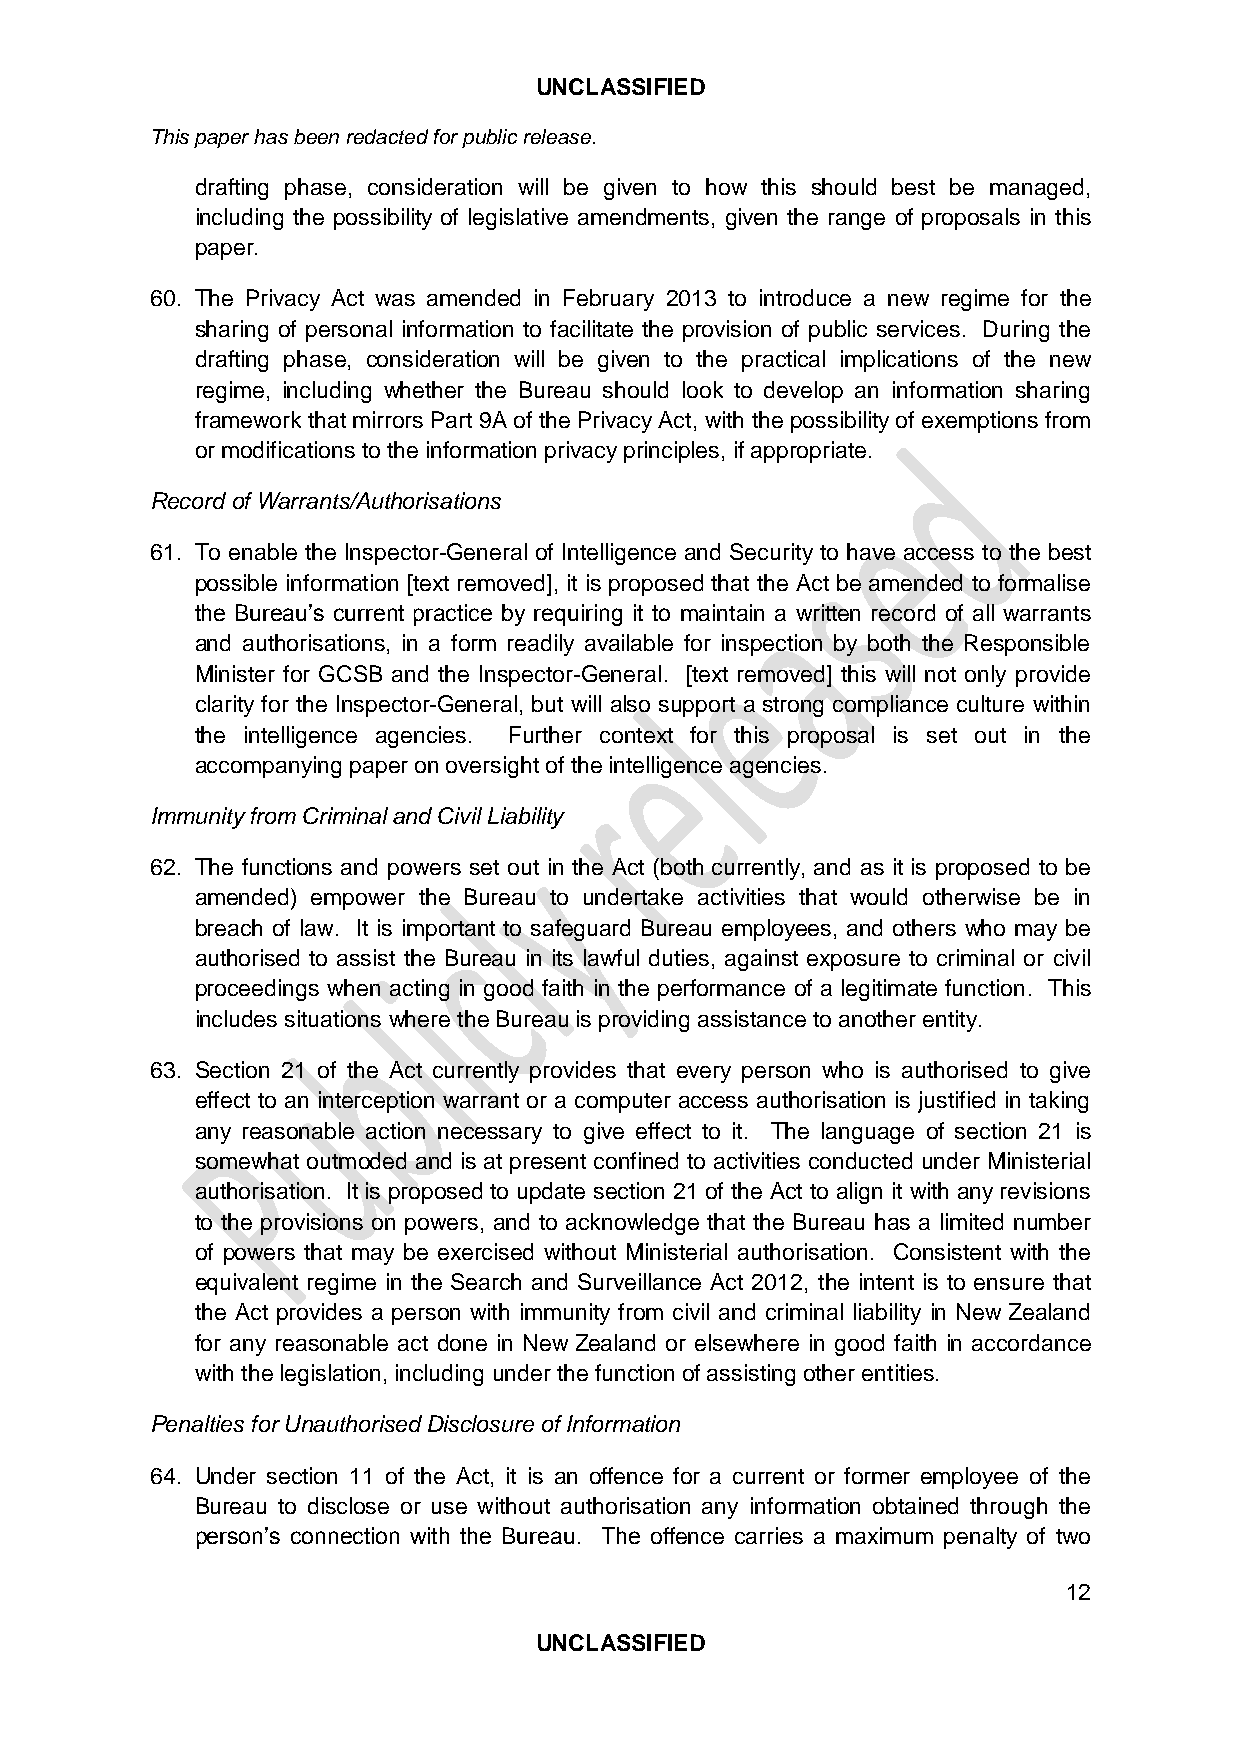
UNCLASSIFIED
 This paper has been redacted for public release.
 drafting phase, consideration will be given to how this should best be managed,
 including the possibility of legislative amendments, given the range of proposals in this
 paper.
 60. The Privacy Act was amended in February 2013 to introduce a new regime for the
 sharing of personal information to facilitate the provision of public services. During the
 drafting phase, consideration will be given to the practical implications of the new
 regime, including whether the Bureau should look to develop an information sharing
 framework that mirrors Part 9A of the Privacy Act, with the possibility of exemptions from
 or modifications to the information privacy principles, if appropriate.
 Record of Warrants/Authorisations
 61. To enable the Inspector-General of Intelligence and Security to have access to the best
 possible information [text removed], it is proposed that the Act be amended to formalise
 the Bureau’s current practice by requiring it to maintain a written record of all warrants
 and authorisations, in a form readily available for inspection by both the Responsible
 Minister for GCSB and the Inspector-General. [text removed] this will not only provide
 clarity for the Inspector-General, but will also support a strong compliance culture within
 the intelligence agencies. Further context for this proposal is set out in the
 accompanying paper on oversight of the intelligence agencies.
 Immunity from Criminal and Civil Liability
 62. The functions and powers set out in the Act (both currently, and as it is proposed to be
 amended) empower the Bureau to undertake activities that would otherwise be in
 breach of law. It is important to safeguard Bureau employees, and others who may be
 authorised to assist the Bureau in its lawful duties, against exposure to criminal or civil
 proceedings when acting in good faith in the performance of a legitimate function. This
 includes situations where the Bureau is providing assistance to another entity.
 63. Section 21 of the Act currently provides that every person who is authorised to give
 effect to an interception warrant or a computer access authorisation is justified in taking
 any reasonable action necessary to give effect to it. The language of section 21 is
 somewhat outmoded and is at present confined to activities conducted under Ministerial
 authorisation. It is proposed to update section 21 of the Act to align it with any revisions
 to the provisions on powers, and to acknowledge that the Bureau has a limited number
 of powers that may be exercised without Ministerial authorisation. Consistent with the
 equivalent regime in the Search and Surveillance Act 2012, the intent is to ensure that
 the Act provides a person with immunity from civil and criminal liability in New Zealand
 for any reasonable act done in New Zealand or elsewhere in good faith in accordance
 with the legislation, including under the function of assisting other entities.
 Penalties for Unauthorised Disclosure of Information
 64. Under section 11 of the Act, it is an offence for a current or former employee of the
 Bureau to disclose or use without authorisation any information obtained through the
 person’s connection with the Bureau. The offence carries a maximum penalty of two
 12
 UNCLASSIFIED